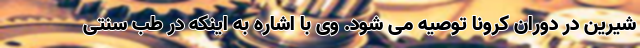
شیرین در دوران کرونا توصیه می شود. وی با اشاره به اینکه در طب سنتی